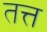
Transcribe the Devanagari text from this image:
तत्त